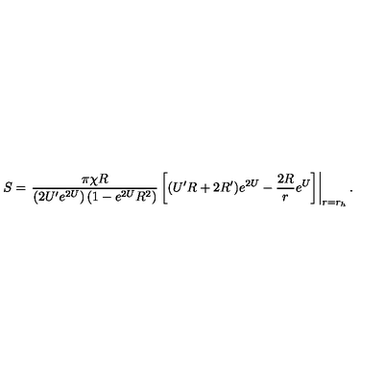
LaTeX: S = \left. \frac { \pi \chi R } { \left( 2 U ^ { \prime } e ^ { 2 U } \right) \left( 1 - e ^ { 2 U } R ^ { 2 } \right) } \left[ ( U ^ { \prime } R + 2 R ^ { \prime } ) e ^ { 2 U } - { \frac { 2 R } { r } } e ^ { U } \right] \right| _ { r = r _ { h } } .